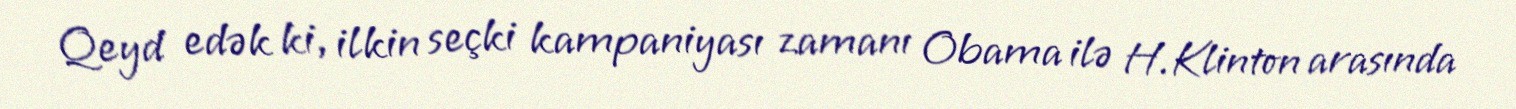
Qeyd edək ki, ilkin seçki kampaniyası zamanı Obama ilə H.Klinton arasında